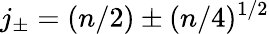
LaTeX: j_{\pm}=(n/2)\pm(n/4)^{1/2}